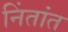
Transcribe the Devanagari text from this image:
निंतांत